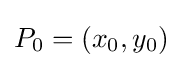
{\textstyle P_{0}=(x_{0},y_{0})}